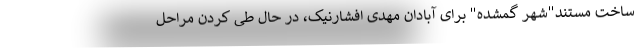
ساخت مستند"شهر گمشده" برای آبادان مهدی افشارنیک، در حال طی کردن مراحل